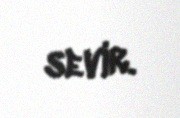
sevir.